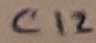
Text: C12